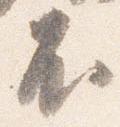
不